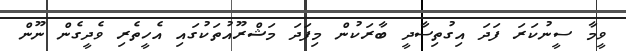
ވީމާ ސީނުކަރަ ފަދަ އިގުތިސާދީ ބާރަކުން މިފަދަ މަޝްރޫއުތަކުގައި އެހީތެރި ވެދީގެން ނޫން